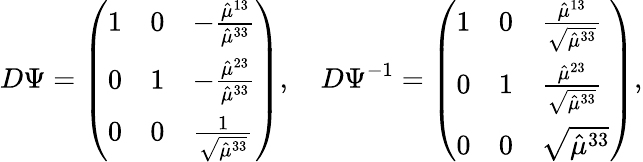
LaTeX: D\Psi=\left(\begin{array}{lll}{1}&{0}&{-\frac{\hat{\mu}^{13}}{\hat{\mu}^{33}}}\\ {0}&{1}&{-\frac{\hat{\mu}^{23}}{\hat{\mu}^{33}}}\\ {0}&{0}&{\frac{1}{\sqrt{\hat{\mu}^{33}}}}\end{array}\right),\quad D\Psi^{-1}=\left(\begin{array}{lll}{1}&{0}&{\frac{\hat{\mu}^{13}}{\sqrt{\hat{\mu}^{33}}}}\\ {0}&{1}&{\frac{\hat{\mu}^{23}}{\sqrt{\hat{\mu}^{33}}}}\\ {0}&{0}&{{\sqrt{\hat{\mu}^{33}}}}\end{array}\right),